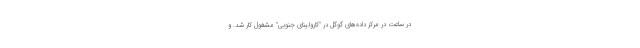
در ساعت در مرکز داده‌های گوگل در "کارولینای جنوبی" مشغول کار شد. و